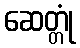
ဆေတ္တုံ